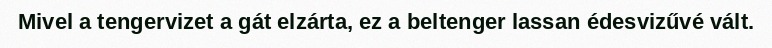
Mivel a tengervizet a gát elzárta, ez a beltenger lassan édesvizűvé vált.